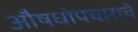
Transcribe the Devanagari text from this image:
औषधोपचाराचे